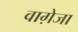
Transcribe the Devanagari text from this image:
वाग़ेजा